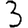
Digit: 3